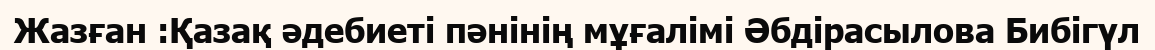
Жазған :Қазақ әдебиеті пәнінің мұғалімі Әбдірасылова Бибігүл